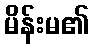
မိန်းမ၏